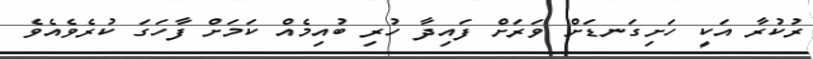
ރުކުރާ އަކީ ހަށިގަނޑަށް ވަރަށް ފައިދާ ހުރި ބުއިމެއް ކަމަށް ފާހަގަ ކުރެވެއެވެ